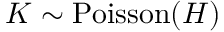
K \sim \operatorname { P o i s s o n } ( H )